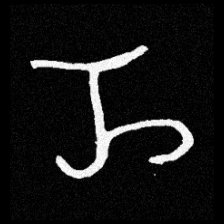
Pyu character \u2014 Myanmar letter: ည (romanized: nya)